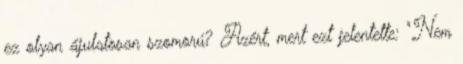
ez olyan ájulatosan szomorú? Azért, mert ezt jelentette: "Nem